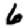
Digit: 6